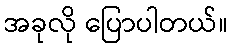
အခုလို ပြောပါတယ်။